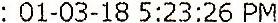
: 01-03-18 5:23:26 PM